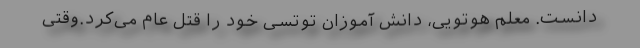
دانست. معلم هوتویی، دانش آموزان توتسی خود را قتل عام می‌کرد.وقتی